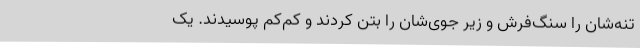
تنه‌شان را سنگ‌فرش و زیر جوی‌شان را بتن کردند و کم‌کم پوسیدند. یک